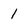
Character: 1